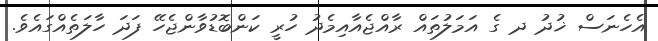
އެހެނަސް ޚުދު ދ ގެ އަމަލުތައް ރާއްޖެއާއިމެދު ހުރީ ކަންބޮޑުވާންޖެހޭ ފަދަ ހާލަތެއްގައެވެ.